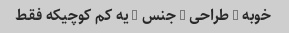
خوبه / طراحی / جنس / یه کم کوچیکه فقط